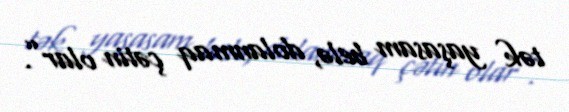
tək yaşasam belə, dolanmaq çətin olar”.